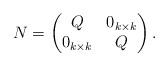
LaTeX: \begin{align*}N=\begin{pmatrix}Q & 0_{k\times k}\\0_{k\times k} & Q\end{pmatrix}.\end{align*}